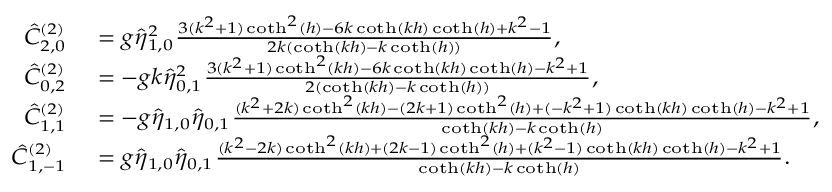
{ \scriptsize \begin{array} { r l } { \hat { C } _ { 2 , 0 } ^ { ( 2 ) } } & { = g \hat { \eta } _ { 1 , 0 } ^ { 2 } \frac { 3 ( k ^ { 2 } + 1 ) \coth ^ { 2 } ( h ) - 6 k \coth ( k h ) \coth ( h ) + k ^ { 2 } - 1 } { 2 k ( \coth ( k h ) - k \coth ( h ) ) } , } \\ { \hat { C } _ { 0 , 2 } ^ { ( 2 ) } } & { = - g k \hat { \eta } _ { 0 , 1 } ^ { 2 } \frac { 3 ( k ^ { 2 } + 1 ) \coth ^ { 2 } ( k h ) - 6 k \coth ( k h ) \coth ( h ) - k ^ { 2 } + 1 } { 2 ( \coth ( k h ) - k \coth ( h ) ) } , } \\ { \hat { C } _ { 1 , 1 } ^ { ( 2 ) } } & { = - g \hat { \eta } _ { 1 , 0 } \hat { \eta } _ { 0 , 1 } \frac { ( k ^ { 2 } + 2 k ) \coth ^ { 2 } ( k h ) - ( 2 k + 1 ) \coth ^ { 2 } ( h ) + ( - k ^ { 2 } + 1 ) \coth ( k h ) \coth ( h ) - k ^ { 2 } + 1 } { \coth ( k h ) - k \coth ( h ) } , } \\ { \hat { C } _ { 1 , - 1 } ^ { ( 2 ) } } & { = g \hat { \eta } _ { 1 , 0 } \hat { \eta } _ { 0 , 1 } \frac { ( k ^ { 2 } - 2 k ) \coth ^ { 2 } ( k h ) + ( 2 k - 1 ) \coth ^ { 2 } ( h ) + ( k ^ { 2 } - 1 ) \coth ( k h ) \coth ( h ) - k ^ { 2 } + 1 } { \coth ( k h ) - k \coth ( h ) } . } \end{array} }